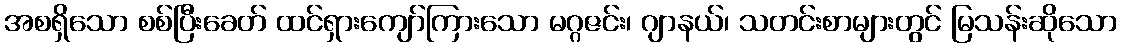
အစရှိသော စစ်ပြီးခေတ် ထင်ရှားကျော်ကြားသော မဂ္ဂဇင်း၊ ဂျာနယ်၊ သတင်းစာများတွင် မြသန်းဆိုသော